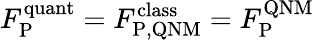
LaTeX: F_{\mathrm{P}}^{\mathrm{quant}}=F_{\mathrm{P,QNM}}^{\mathrm{class}}=F_{\mathrm{P}}^{\mathrm{QNM}}